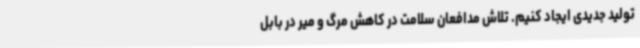
تولید جدیدی ایجاد کنیم. تلاش مدافعان سلامت در کاهش مرگ و میر در بابل